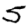
Digit: 5